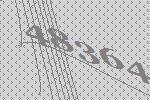
48364